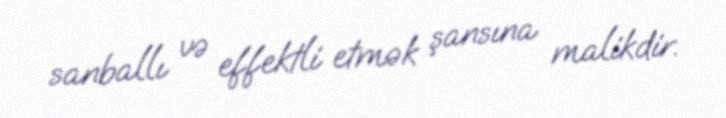
sanballı və effektli etmək şansına malikdir.